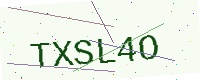
Text: TXSL4O